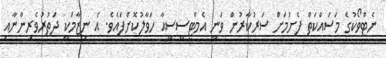
ނެޓްވޯކުގެ މަސައްކަތް ފެށުމަށް ސަރުކާރުން ވަނީ އެމްޓީސީސީއާ ހަވާލުކޮށްފައެވެ. އެ ނިޒާމަކީ ދަތުރުވެރިންނާއި